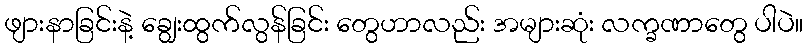
ဖျားနာခြင်းနဲ့ ချွေးထွက်လွန်ခြင်း တွေဟာလည်း အများဆုံး လက္ခဏာတွေ ပါပဲ။